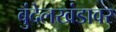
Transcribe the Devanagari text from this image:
बुंदेलखंडावर